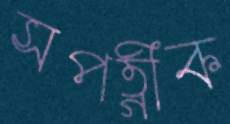
সপত্নীক